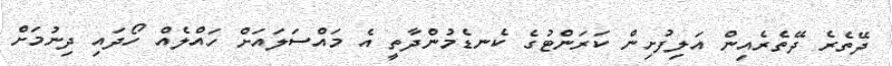
ދޭތެރެ ދޭތެރެއިން އަލިފުށިން ކަރަންޓުގެ ކެނޑެމުންދާތީ އެ މައްސަލައަށް ހައްލެއް ހޯދައި ދިނުމަށް